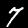
Label: 7